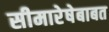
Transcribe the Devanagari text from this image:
सीमारेषेबाबत